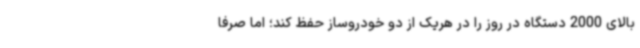
بالای 2000 دستگاه در روز را در هریک از دو خودروساز حفظ کند؛ اما صرفا